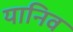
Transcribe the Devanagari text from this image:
यानिव